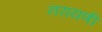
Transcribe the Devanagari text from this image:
नरायणी